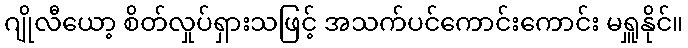
ဂျိုလီယော့ စိတ်လှုပ်ရှားသဖြင့် အသက်ပင်ကောင်းကောင်း မရှူနိုင်။